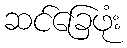
ဆင်ခြေဖုံး